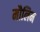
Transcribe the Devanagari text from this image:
मौलिम